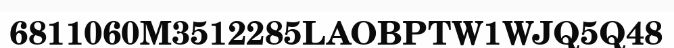
6811060M3512285LAOBPTW1WJQ5Q48